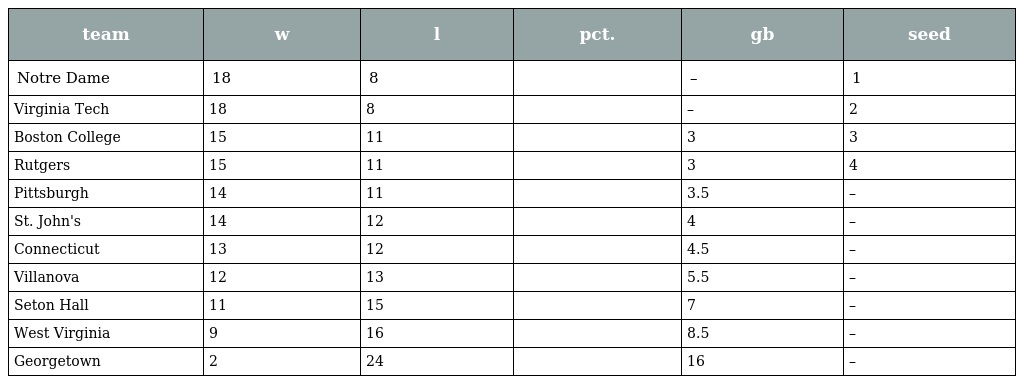
| team | w | l | pct. | gb | seed |
 | --- | --- | --- | --- | --- | --- |
 | Notre Dame | 18 | 8 |  | – | 1 |
 | Virginia Tech | 18 | 8 |  | – | 2 |
 | Boston College | 15 | 11 |  | 3 | 3 |
 | Rutgers | 15 | 11 |  | 3 | 4 |
 | Pittsburgh | 14 | 11 |  | 3.5 | – |
 | St. John's | 14 | 12 |  | 4 | – |
 | Connecticut | 13 | 12 |  | 4.5 | – |
 | Villanova | 12 | 13 |  | 5.5 | – |
 | Seton Hall | 11 | 15 |  | 7 | – |
 | West Virginia | 9 | 16 |  | 8.5 | – |
 | Georgetown | 2 | 24 |  | 16 | – |